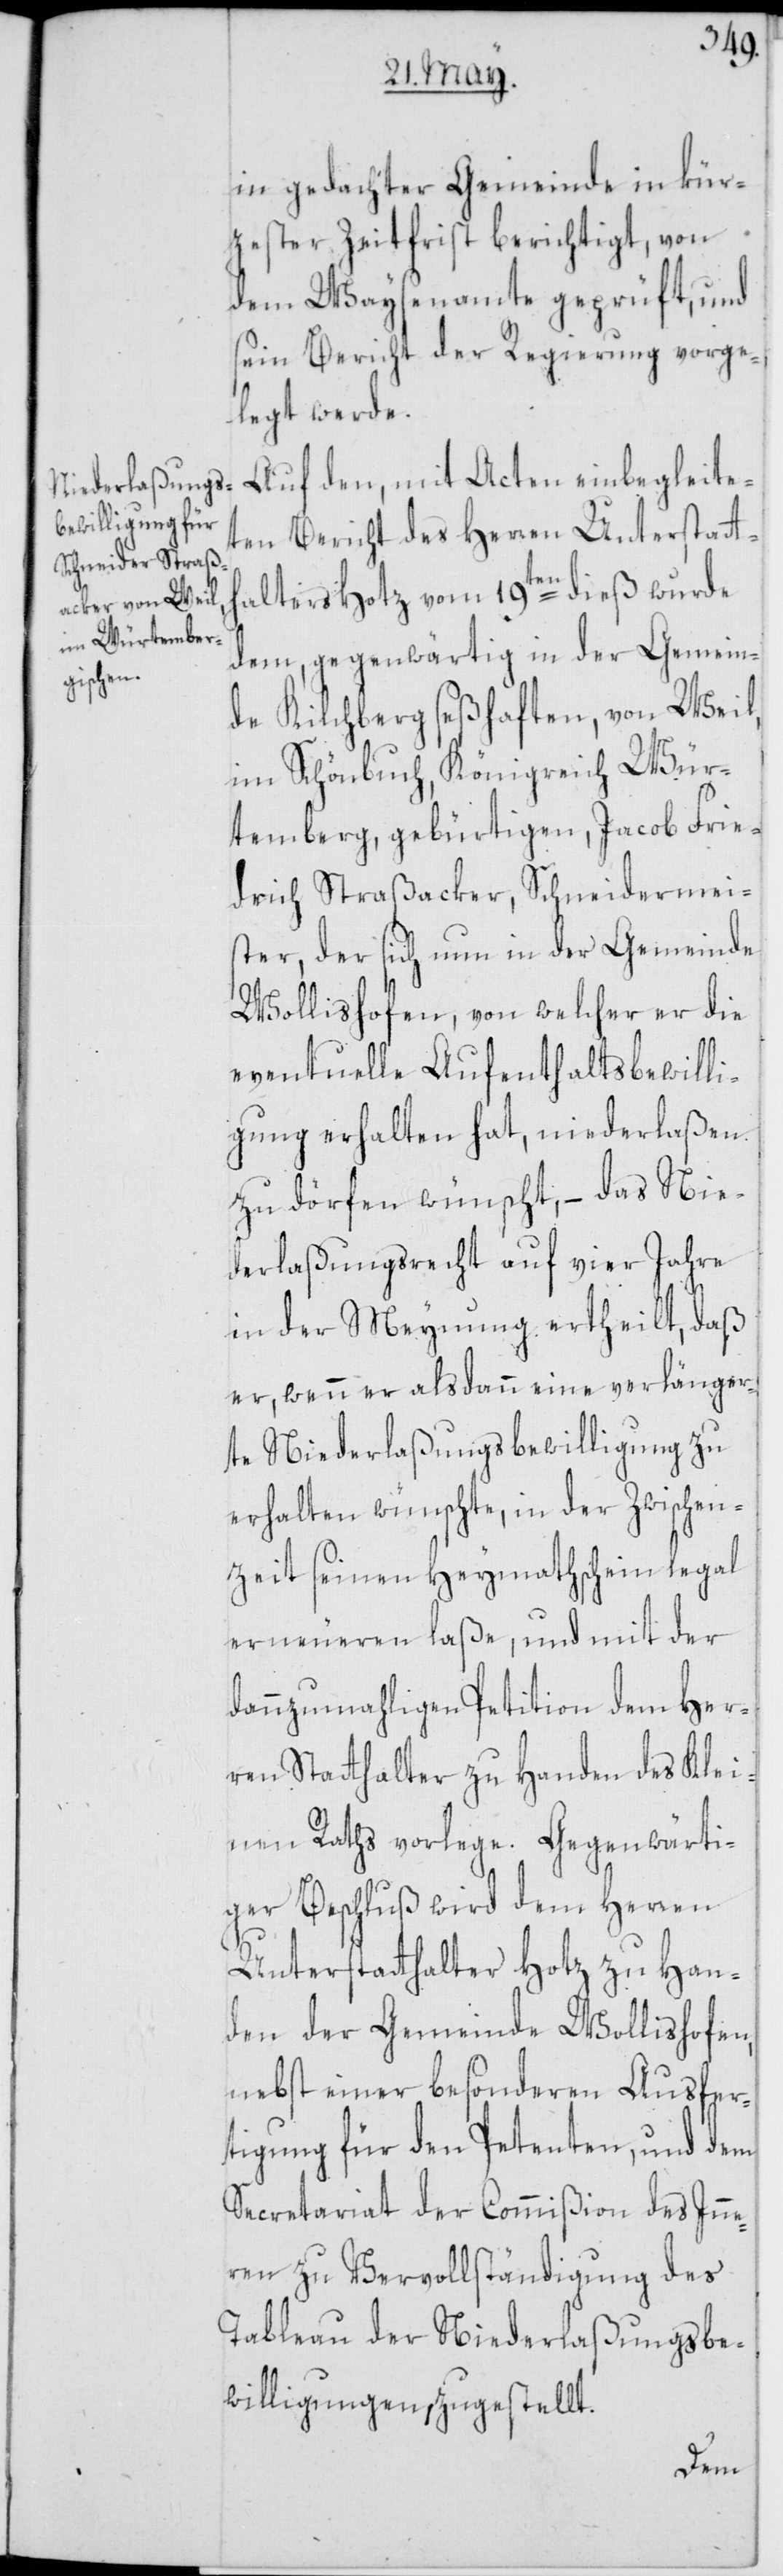
in gedachter Gemeinde in kür¬
zester Zeitfrist berichtigt, von
dem Waysenamte geprüft, und
sein Bericht der Regierung vorge¬
legt werde.
Auf den, mit Acten einbegleite¬
ten Bericht des Herren Unterstatth¬
alters Hotz vom 19ten dieß wurde
dem, gegenwärtig in der Gemein¬
de Kilchberg seßhaften, von Weil,
im Schönbuch, Königreich Wür¬
temberg, gebürtigen, Jacob Frie¬
drich Straßacker, Schneidermei¬
ster, der sich nun in der Gemeinde
Wollishofen, von welcher er die
eventuelle Aufenthaltsbewilli¬
gung erhalten hat, niederlaßen
zu dörfen wünscht, – das Nie¬
derlaßungsrecht auf vier Jahre
in der Meynung ertheilt, daß
er, wenn er alsdann eine verlänger¬
te Niederlaßungsbewilligung zu
erhalten wünschte, in der Zwischen¬
zeit seinen Heymathschein legal
erneueren laße, und mit der
dannzumahligen Petition dem Her¬
ren Statthalter zu Handen des Klei¬
nen Raths vorlege. Gegenwärti¬
ger Beschluß wird dem Herren
Unterstatthalter Hotz zu Han¬
den der Gemeinde Wollishofen,
nebst einer besonderen Ausfer¬
tigung für den Petenten, und dem
Secretariat der Commißion des Inne¬
ren zu Vervollständigung des
Tableau der Niederlaßungsbe¬
willigungen, zugestellt.